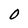
Character: 0